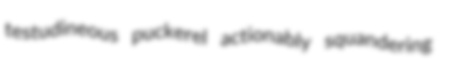
testudineous puckerel actionably squandering